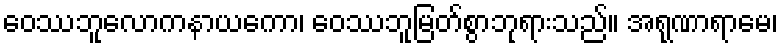
ဝေဿဘူလောကနာယကော၊ ဝေဿဘူမြတ်စွာဘုရားသည်။ အရုဏာရာမေ၊